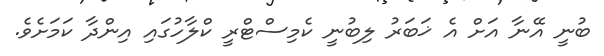
ބުނީ އޭނާ އަށް އެ ޚަބަރު ލިބުނީ ކެމިސްޓްރީ ކްލާހުގައި އިންދާ ކަމަށެވެ.